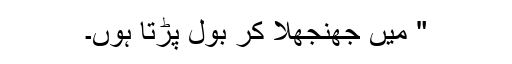
" میں جھنجھلا کر بول پڑتا ہوں۔